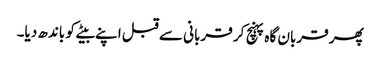
پھر قربان گاہ پہنچ کر قربانی سے قبل اپنے بیٹے کو باندھ دیا۔